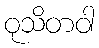
ဝုသိတဝါ